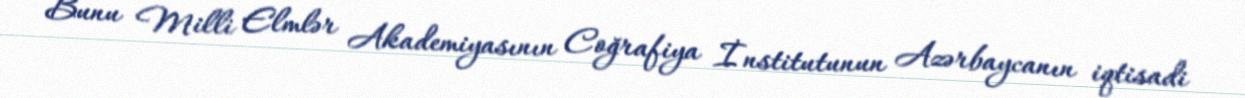
Bunu Milli Elmlər Akademiyasının Coğrafiya İnstitutunun Azərbaycanın iqtisadi